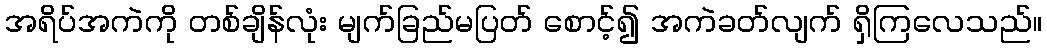
အရိပ်အကဲကို တစ်ချိန်လုံး မျက်ခြည်မပြတ် စောင့်၍ အကဲခတ်လျက် ရှိကြလေသည်။